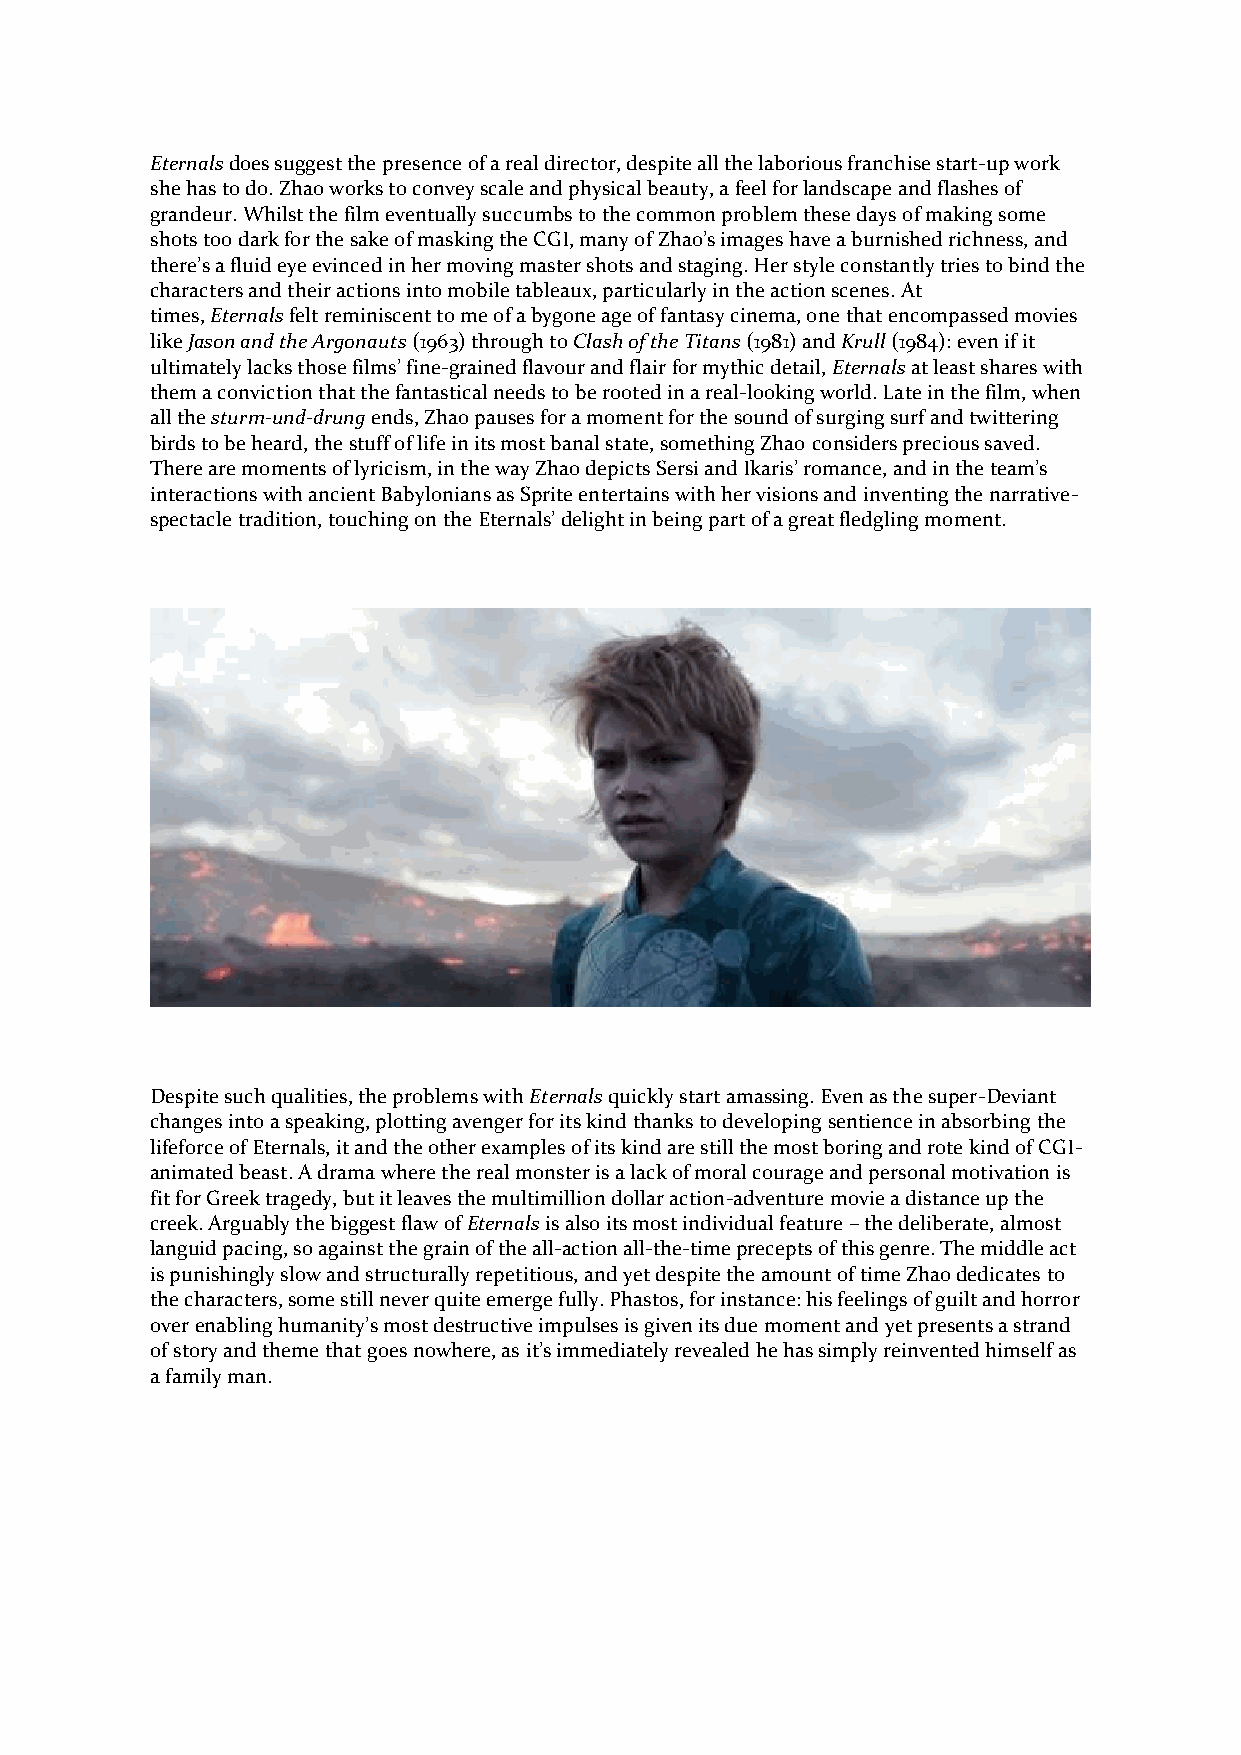
Eternals does suggest the presence of a real director, despite all the laborious franchise start-up work
 she has to do. Zhao works to convey scale and physical beauty, a feel for landscape and flashes of
 grandeur. Whilst the film eventually succumbs to the common problem these days of making some
 shots too dark for the sake of masking the CGI, many of Zhao’s images have a burnished richness, and
 there’s a fluid eye evinced in her moving master shots and staging. Her style constantly tries to bind the
 characters and their actions into mobile tableaux, particularly in the action scenes. At
 times, Eternals felt reminiscent to me of a bygone age of fantasy cinema, one that encompassed movies
 like Jason and the Argonauts (1963) through to Clash of the Titans (1981) and Krull (1984): even if it
 ultimately lacks those films’ fine-grained flavour and flair for mythic detail, Eternals at least shares with
 them a conviction that the fantastical needs to be rooted in a real-looking world. Late in the film, when
 all the sturm-und-drung ends, Zhao pauses for a moment for the sound of surging surf and twittering
 birds to be heard, the stuff of life in its most banal state, something Zhao considers precious saved.
 There are moments of lyricism, in the way Zhao depicts Sersi and Ikaris’ romance, and in the team’s
 interactions with ancient Babylonians as Sprite entertains with her visions and inventing the narrative-
 spectacle tradition, touching on the Eternals’ delight in being part of a great fledgling moment.
 Despite such qualities, the problems with Eternals quickly start amassing. Even as the super-Deviant
 changes into a speaking, plotting avenger for its kind thanks to developing sentience in absorbing the
 lifeforce of Eternals, it and the other examples of its kind are still the most boring and rote kind of CGI-
 animated beast. A drama where the real monster is a lack of moral courage and personal motivation is
 fit for Greek tragedy, but it leaves the multimillion dollar action-adventure movie a distance up the
 creek. Arguably the biggest flaw of Eternals is also its most individual feature – the deliberate, almost
 languid pacing, so against the grain of the all-action all-the-time precepts of this genre. The middle act
 is punishingly slow and structurally repetitious, and yet despite the amount of time Zhao dedicates to
 the characters, some still never quite emerge fully. Phastos, for instance: his feelings of guilt and horror
 over enabling humanity’s most destructive impulses is given its due moment and yet presents a strand
 of story and theme that goes nowhere, as it’s immediately revealed he has simply reinvented himself as
 a family man.